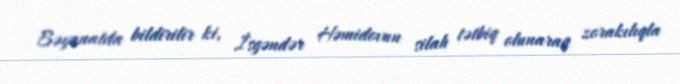
Bəyanatda bildirilir ki, İsgəndər Həmidovun silah tətbiq olunaraq zorakılıqla